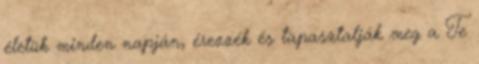
életük minden napján, érezzék és tapasztalják meg a Te